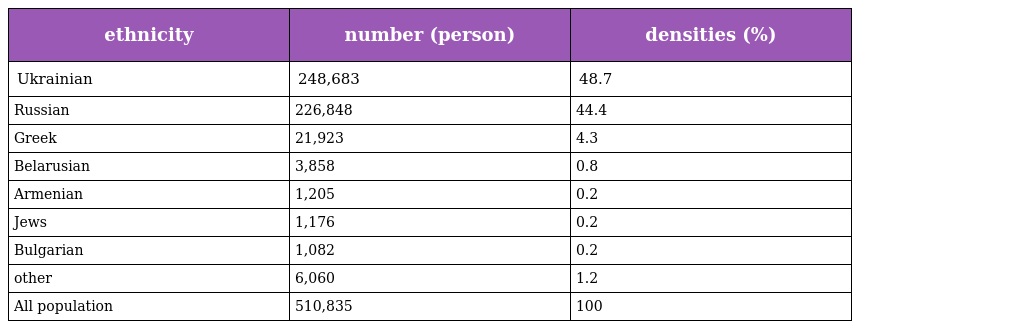
| ethnicity | number (person) | densities (%) |
 | --- | --- | --- |
 | Ukrainian | 248,683 | 48.7 |
 | Russian | 226,848 | 44.4 |
 | Greek | 21,923 | 4.3 |
 | Belarusian | 3,858 | 0.8 |
 | Armenian | 1,205 | 0.2 |
 | Jews | 1,176 | 0.2 |
 | Bulgarian | 1,082 | 0.2 |
 | other | 6,060 | 1.2 |
 | All population | 510,835 | 100 |